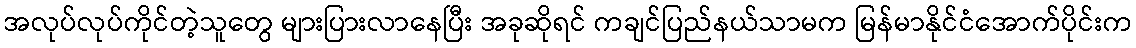
အလုပ်လုပ်ကိုင်တဲ့သူတွေ များပြားလာနေပြီး အခုဆိုရင် ကချင်ပြည်နယ်သာမက မြန်မာနိုင်ငံအောက်ပိုင်းက